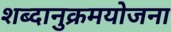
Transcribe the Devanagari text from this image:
शब्दानुक्रमयोजना